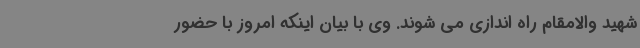
شهید والامقام راه اندازی می شوند. وی با بیان اینکه امروز با حضور